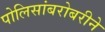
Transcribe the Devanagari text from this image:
पोलिसांबरोबरीने